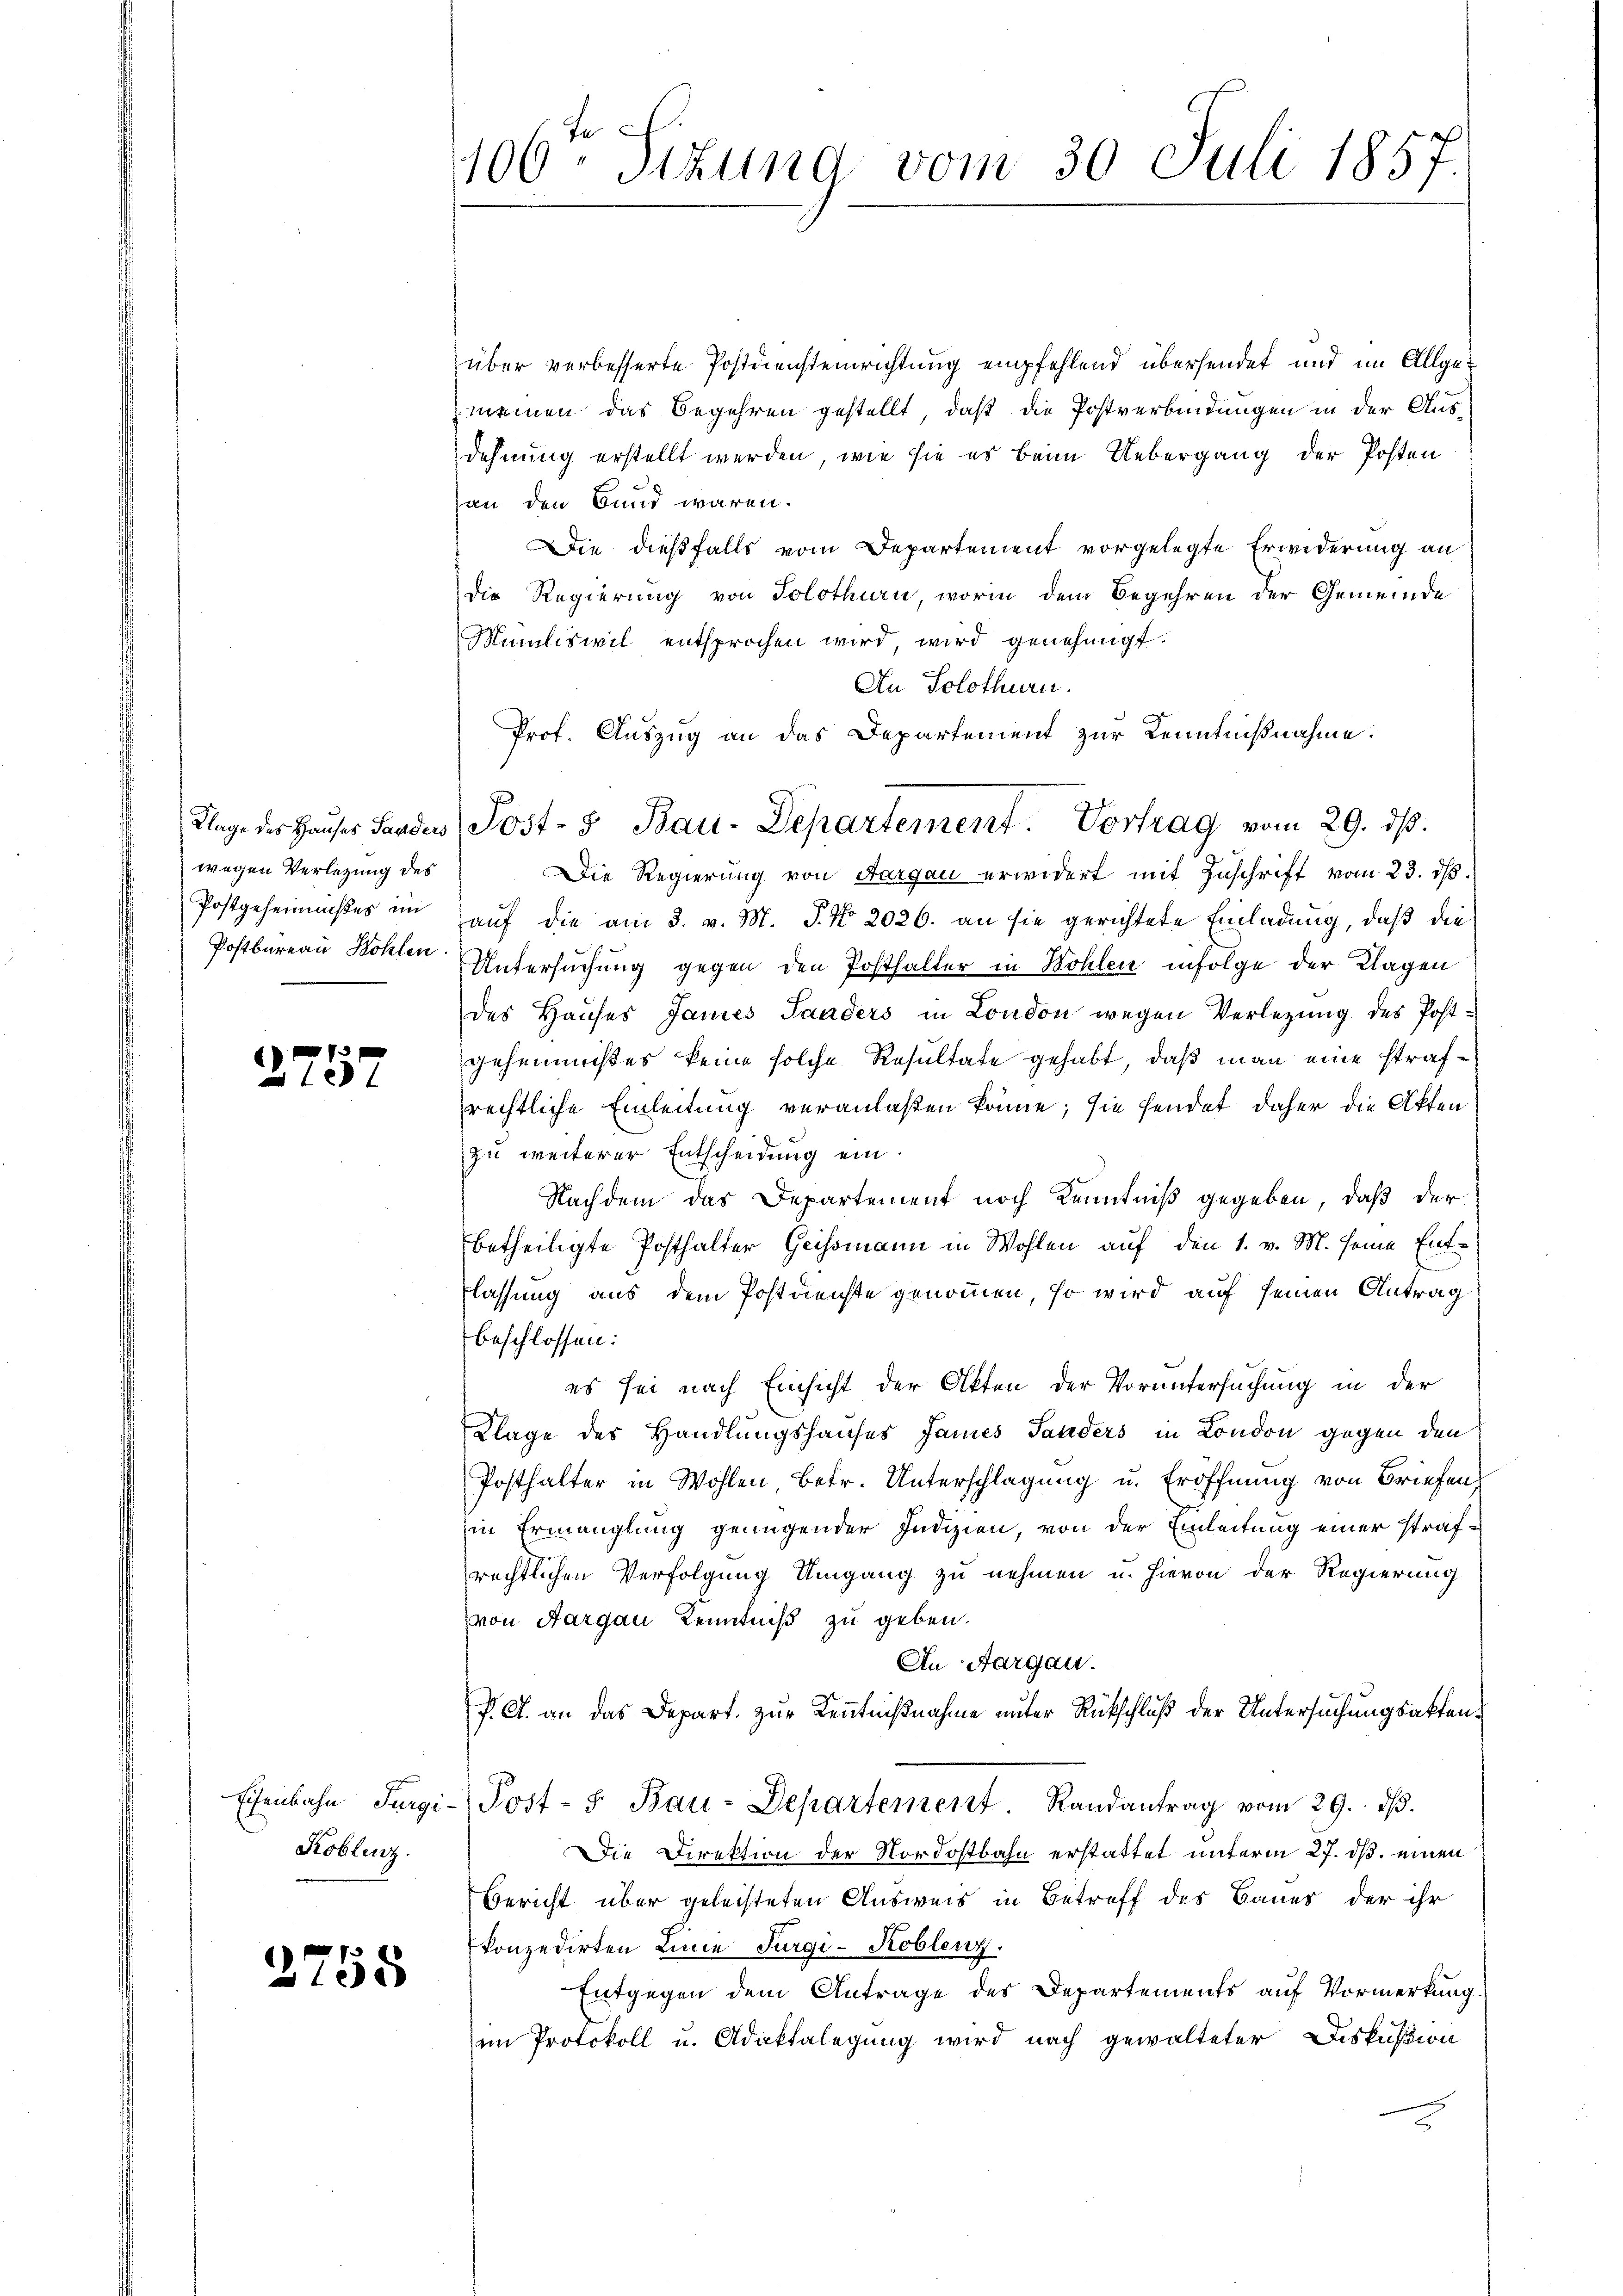
wegen Verletzung des

f
xx

Koblenz.

2755

fe
106. Sizung vom 30. Juli 1857.

über verbesserte Postdiensteinrichtung empfehlend übersendet und im Allgemeinen das Begehren gestellt, daß die Postverbindungen in der Aus-
dehnung erstellt werden, wie sie es beim Uebergang der Posten
han den Bund wären.
Die dießfalls vom Departement vorgelegte Erwiderung an
die Regierung von Solothurn, worin dem Begehren der Gemeinde
Mamliswil entsprochen wird, wird genehmigt.
An Solothurn.
Prof. Auszug an das Departement zur Kenntnißnahme.
Die Regierung von Aargau erwidert mit Zuschrift vom 23. dß.
Postgeheimises im Hauf die am 3. v. M. P. No. 2026. an sie gerichtete Einladung, daß die
Postbureau Kohlen Untersuchung gegen den Posthalter in Bohlen infolge der Klagen
des Hauses Janes Sanders in London wegen Verletzung des Postgeheimnises keine solche Resultate gehabt, daß man eine strafrechtliche Einleitung veranlaßen könne; sie sendet daher die Akten
zu weiterer Entscheidung ein.
Nachdem das Departement noch Kenntniß gegeben, daß der
betheiligte Posthalter Geissmann in Wohlen auf den 1. v. M. seine Ent-
flassung aus dem Postdienste genommen, so wird auf seinen Antrag
beschlossen:
es sei nach Einsicht der Akten der Voruntersuchung in der
Klage des Handlungshauses James Sanders in London gegen den
Posthalter in Wohlen betr. Unterschlagung u. Eröffnung von Briefen,
in Ermanglung genügender Indizien, von der Einleitung einer strafrechtlichen Verfolgung Umgang zu nehmen u. hievon der Regierung
von Aargau Kenntniß zu geben.
An Aargau.
P. A. an das Depart. zur Kenntnißnahme unter Rückschluß der Untersuchungsakten¬
Eisenbahn Furgi-Post- u. Bau-Departement. Randantrag vom 29. dβ.
DDie Direktion der Nordostbahn erstattet unterm 27. ds. einen
Bericht über geleisteten Ausweis in Betreff des Baues der ihr
konzedirten Linie Turgi-Koblenz.
Entgegen dem Antrage des Departements auf Vormerkung.
am Protokoll u. Adaktalegung wird nach gewalteter Diskussion

Klage des Hauses Sanden Post- & Bau-Departement. Vortrag vom 29. ds.